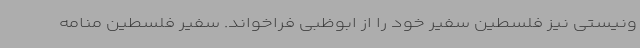
ونیستی نیز فلسطین سفیر خود را از ابوظبی فراخواند. سفیر فلسطین منامه